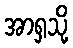
အာရှသို့